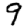
Digit: 9